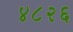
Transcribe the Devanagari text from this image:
४८२६